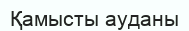
Қамысты ауданы